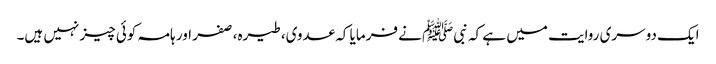
ایک دوسری روایت میں ہے کہ نبیﷺ نے فرمایا کہ عدوی، طیرہ، صفر اور ہامہ کوئی چیز نہیں ہیں۔